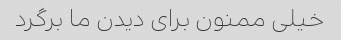
خیلی ممنون برای دیدن ما برگرد